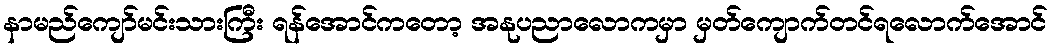
နာမည်ကျော်မင်းသားကြီး ရန်အောင်ကတော့ အနုပညာလောကမှာ မှတ်ကျောက်တင်ရလောက်အောင်